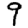
Digit: 9